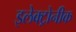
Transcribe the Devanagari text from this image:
इलेक्ट्रोनीक